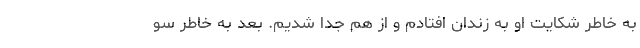
به خاطر شکایت او به زندان افتادم و از هم جدا شدیم. بعد به خاطر سو